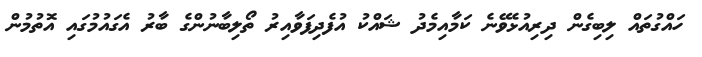
ހައްގުތައް ލިބިގެން ދިރިއުޅެވޭނެ ކަމާއިމެދު ޝައްކު އުފެދިފަވާއިރު ތޯލިބާނުންގެ ބާރު އެގައުމުގައި އޮތުމުން